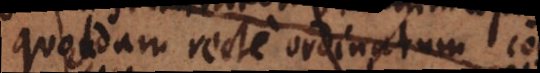
quondam recte ordinatum condi